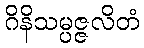
ဂိနိသမ္ပဇ္ဇလိတံ